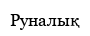
Руналық